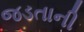
જડતાની